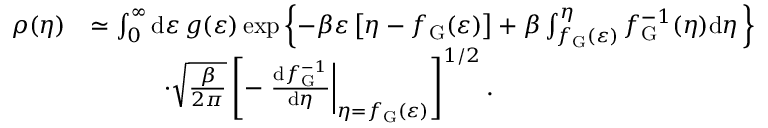
\begin{array} { r l } { \rho ( \eta ) } & { \simeq \int _ { 0 } ^ { \infty } \mathrm { d } \varepsilon \, g ( \varepsilon ) \exp \left\lbrace - \beta \varepsilon \left[ \eta - f _ { \mathrm { G } } ( \varepsilon ) \right] + \beta \int _ { f _ { \mathrm { G } } ( \varepsilon ) } ^ { \eta } f _ { \mathrm { G } } ^ { - 1 } ( \eta ) \mathrm { d } \eta \, \right\rbrace } \\ & { \quad \quad \quad \cdot \sqrt { \frac { \beta } { 2 \pi } } \left[ - \left. \frac { \mathrm { d } f _ { \mathrm { G } } ^ { - 1 } } { \mathrm { d } \eta } \right| _ { \eta = f _ { \mathrm { G } } ( \varepsilon ) } \right] ^ { 1 / 2 } . } \end{array}